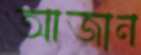
আজান